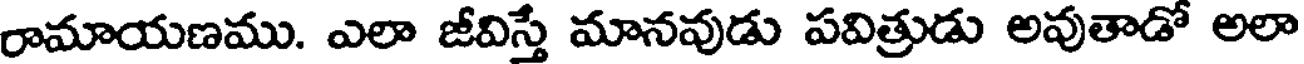
రామాయణము. ఎలా జీవిస్తే మానవుడు పవిత్రుడు అవుతాడో అలా